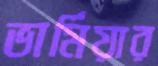
ভার্মিয়ার